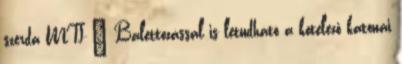
szerda MTI – Balettozással is letudható a kötelező katonai